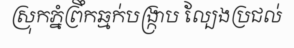
ស្រុកភ្នំព្រឹកឆ្មក់បង្ក្រាប ល្បែងប្រជល់